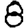
Digit: 8